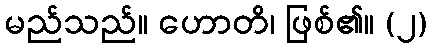
မည်သည်။ ဟောတိ၊ ဖြစ်၏။ (၂)